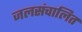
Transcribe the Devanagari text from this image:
जलसंचालित